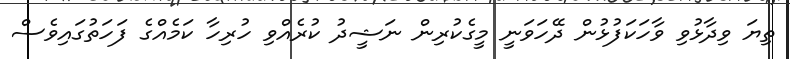
ތިޔަ ވިދާޅުވި ވާހަކަފުޅުން ދޭހަވަނީ މީގެކުރިން ނަޝީދު ކުރެއްވި ހުރިހާ ކަމެއްގެ ފަހަތުގައިވެސް